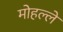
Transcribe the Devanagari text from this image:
मोहल्लें